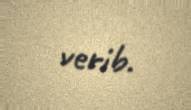
verib.